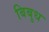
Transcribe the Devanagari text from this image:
बिबुध